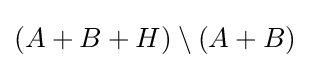
(A+B+H)\setminus (A+B)